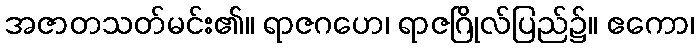
အဇာတသတ်မင်း၏။ ရာဇဂဟေ၊ ရာဇဂြိုလ်ပြည်၌။ ဧကော၊